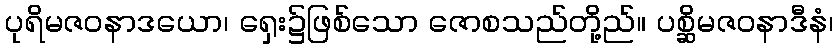
ပုရိမဇဝနာဒယော၊ ရှေး၌ဖြစ်သော ဇောစသည်တို့ည်။ ပစ္ဆိမဇဝနာဒီနံ၊